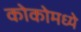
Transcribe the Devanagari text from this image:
कोकोमध्ये